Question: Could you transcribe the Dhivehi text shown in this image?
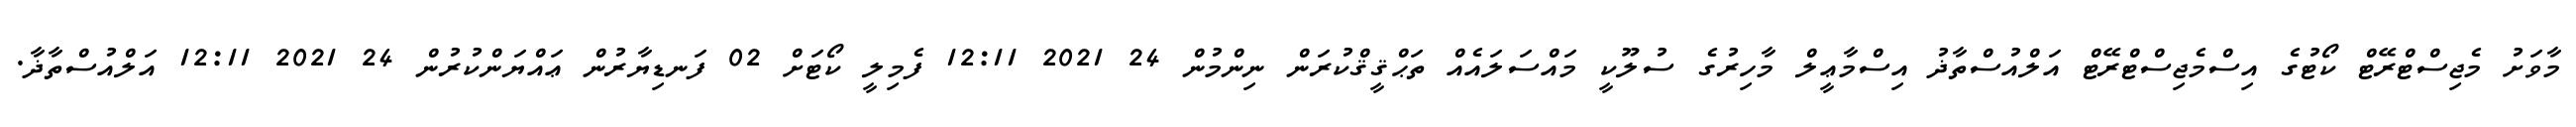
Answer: މާވަށު މެޖިސްޓްރޭޓް ކޯޓުގެ އިސްމެޖިސްޓްރޭޓް އަލްއުސްތާޛު އިސްމާޢީލް މާހިރުގެ ސުލޫކީ މައްސަލައެއް ތަޙްޤީޤްކުރަން ނިންމުން 24 2021 12:11 ފެމިލީ ކޯޓަށް 02 ފަނޑިޔާރުން ޢައްޔަންކުރުން 24 2021 12:11 އަލްއުސްތާޛާ.